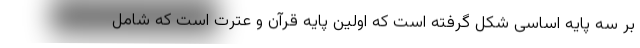
بر سه پایه اساسی شکل گرفته است که اولین پایه قرآن و عترت است که شامل